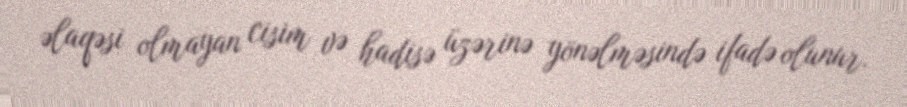
əlaqəsi olmayan cisim və hadisə üzərinə yönəlməsində ifadə olunur.